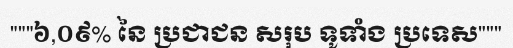
"""៦,០៩% នៃ ប្រជាជន សរុប ទូទាំង ប្រទេស"""